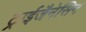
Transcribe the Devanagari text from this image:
ट्राईजैनेसिन